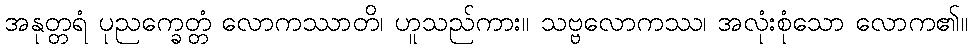
အနုတ္တရံ ပုညက္ခေတ္တံ လောကဿာတိ၊ ဟူသည်ကား။ သဗ္ဗလောကဿ၊ အလုံးစုံသော လောက၏။